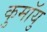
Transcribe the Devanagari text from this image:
कुमॉयु